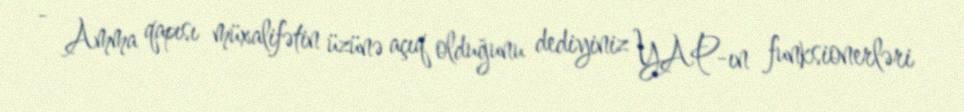
- Amma qapısı müxalifətin üzünə açıq olduğunu dediyiniz YAP-ın funksionerləri